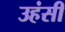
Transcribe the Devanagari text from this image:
उहंसी